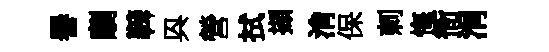
譽劘鞞㒷營拭擷㳙保刺悔衙涓